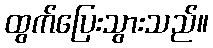
ထွက်ပြေးသွားသည်။